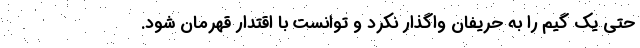
حتی یک گیم را به حریفان واگذار نکرد و توانست با اقتدار قهرمان شود.